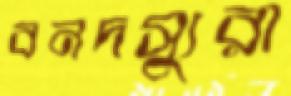
বনদস্যুরা